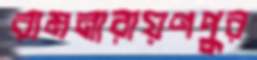
রামনারায়ণপুর